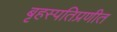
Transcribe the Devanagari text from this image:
बृहस्पतिप्रणीत